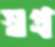
স্বপ্র